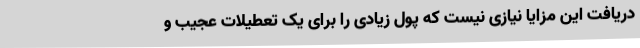
دریافت این مزایا نیازی نیست که پول زیادی را برای یک تعطیلات عجیب و